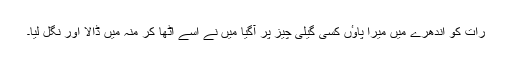
رات کو اندھرے میں میرا پاوٴں کسی گیلی چیز پر آگیا میں نے اسے اٹھا کر منہ میں ڈالا اور نگل لیا۔